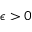
\epsilon > 0